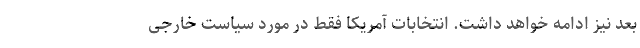
بعد نیز ادامه خواهد داشت. انتخابات آمریکا فقط در مورد سیاست خارجی